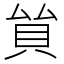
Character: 𧴵